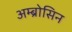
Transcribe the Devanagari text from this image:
अम्ब्रोसिन